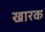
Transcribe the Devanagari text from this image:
खारक